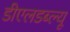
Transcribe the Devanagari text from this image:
डीएलडब्ल्यू